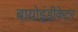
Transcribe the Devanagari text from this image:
बायोइंडीकेटर